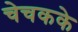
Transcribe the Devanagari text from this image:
चेचकके